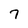
Character: 7